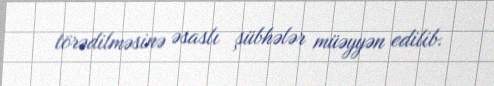
törədilməsinə əsaslı şübhələr müəyyən edilib.